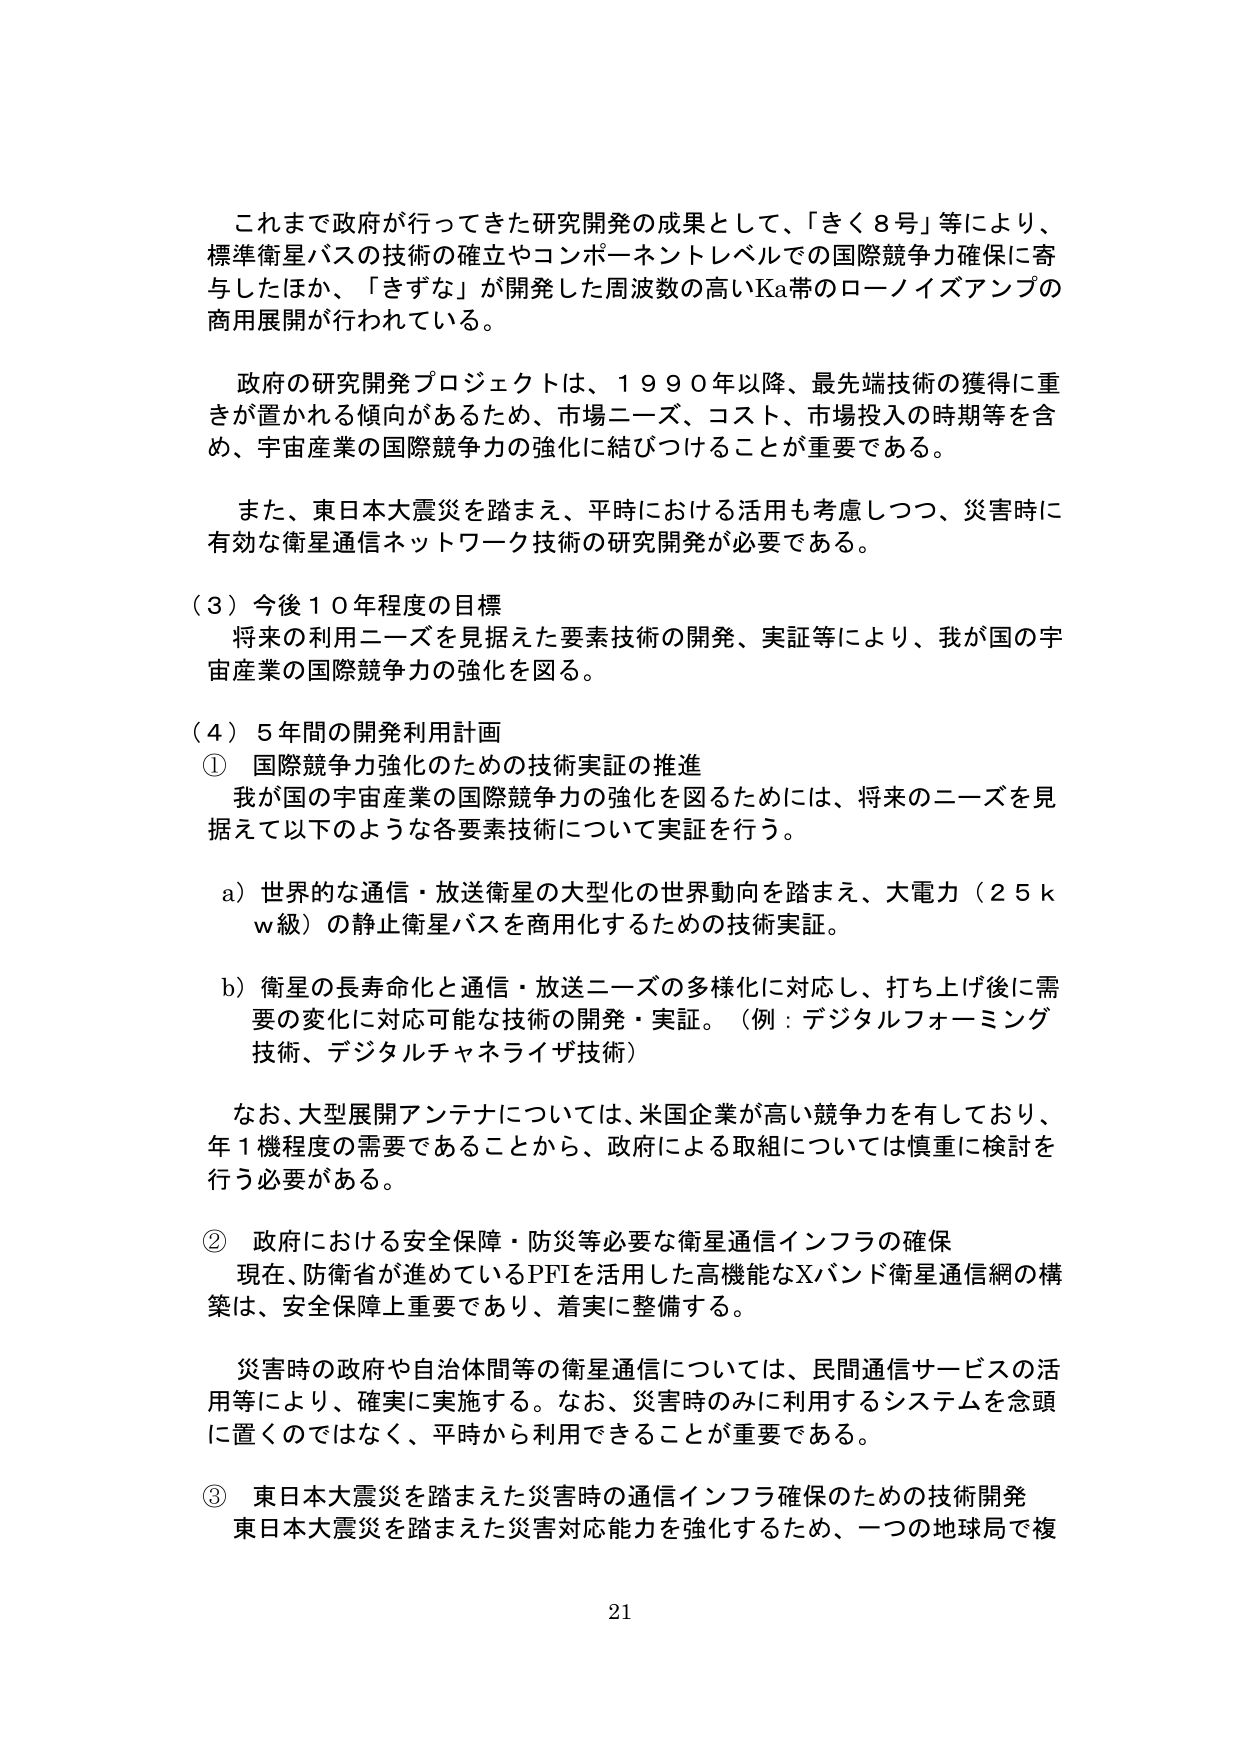
これまで政府が行ってきた研究開発の成果として、「きく８号」等により、
標準衛星バスの技術の確立やコンポーネントレベルでの国際競争力確保に寄
与したほか、「きずな」が開発した周波数の高いKa帯のローノイズアンプの
商用展開が行われている。

政府の研究開発プロジェクトは、１９９０年以降、最先端技術の獲得に重
きが置かれる傾向があるため、市場ニーズ、コスト、市場投入の時期等を含
め、宇宙産業の国際競争力の強化に結びつけることが重要である。

また、東日本大震災を踏まえ、平時における活用も考慮しつつ、災害時に
有効な衛星通信ネットワーク技術の研究開発が必要である。

（３）今後１０年程度の目標
将来の利用ニーズを見据えた要素技術の開発、実証等により、我が国の宇
宙産業の国際競争力の強化を図る。

（４）５年間の開発利用計画
① 国際競争力強化のための技術実証の推進
我が国の宇宙産業の国際競争力の強化を図るためには、将来のニーズを見
据えて以下のような各要素技術について実証を行う。

ａ）世界的な通信・放送衛星の大型化の世界動向を踏まえ、大電力（２５ｋ
ｗ級）の静止衛星バスを商用化するための技術実証。

ｂ）衛星の長寿命化と通信・放送ニーズの多様化に対応し、打ち上げ後に需
要の変化に対応可能な技術の開発・実証。（例：デジタルフォーミング
技術、デジタルチャネライザ技術）

なお、大型展開アンテナについては、米国企業が高い競争力を有しており、
年１機程度の需要であることから、政府による取組については慎重に検討を
行う必要がある。

② 政府における安全保障・防災等必要な衛星通信インフラの確保
現在、防衛省が進めているPFIを活用した高機能なXバンド衛星通信網の構
築は、安全保障上重要であり、着実に整備する。

災害時の政府や自治体間等の衛星通信については、民間通信サービスの活
用等により、確実に実施する。なお、災害時のみに利用するシステムを念頭
に置くのではなく、平時から利用できることが重要である。

③ 東日本大震災を踏まえた災害時の通信インフラ確保のための技術開発
東日本大震災を踏まえた災害対応能力を強化するため、一つの地球局で複

21